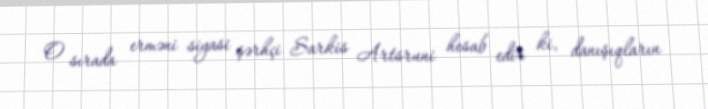
O sırada erməni siyasi şərhçi Sarkis Artsruni hesab edir ki, danışıqların